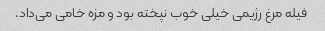
فیله مرغ رژیمی خیلی خوب نپخته بود و مزه خامی می‌داد.